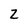
Character: Z